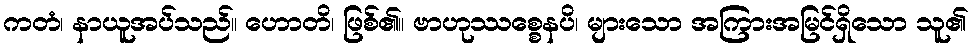
ကတံ၊ နာယူအပ်သည်။ ဟောတိ၊ ဖြစ်၏။ ဗာဟုဿစ္စေနပိ၊ များသော အကြားအမြင်ရှိသော သူ၏